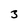
Character: 3